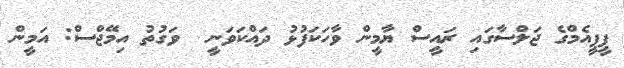
ޕީޕީއެމްގެ ޖަލްސާގައި ރައީސް ޔާމީން ވާހަކަަފުޅު ދައްކަވަނީ  ވަގުތު އިމޭޖްސް: އަމީން